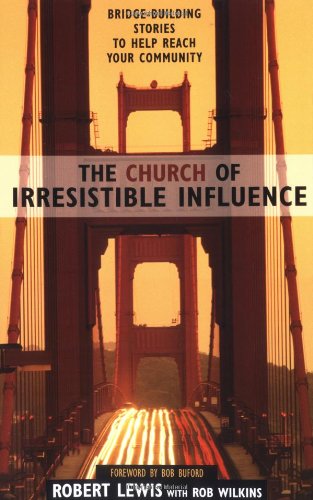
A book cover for The Church of Irresistible Influence: Bridge-Building Stories to Help Reach Your Community; Robert Lewis; Christian Books & Bibles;